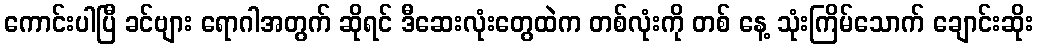
ကောင်းပါပြီ ခင်ဗျား ရောဂါအတွက် ဆိုရင် ဒီဆေးလုံးတွေထဲက တစ်လုံးကို တစ် နေ့ သုံးကြိမ်သောက် ချောင်းဆိုး